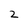
Character: 2